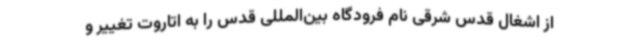
از اشغال قدس شرقی نام فرودگاه بین‌المللی‌ قدس را به اتاروت تغییر و